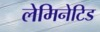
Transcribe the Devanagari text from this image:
लेमिनेटिड